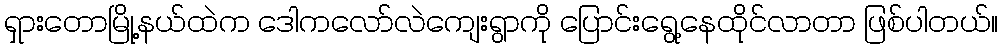
ရှားတောမြို့နယ်ထဲက ဒေါကလော်လဲကျေးရွာကို ပြောင်းရွေ့နေထိုင်လာတာ ဖြစ်ပါတယ်။